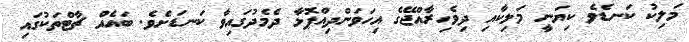
މަލިކު ކަނޑެވެ ކިޔަނީ މަލިކާއި ދިވެހިރާއްޖޭގެ އިހަވަންދިއްޕޮޅާ ދެމެދުގައިވާ ކަނޑަށެވެ. ބައެއް ޗާޓްތަކުގައި